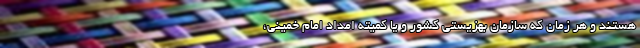
هستند و هر زمان که سازمان بهزیستی کشور و یا کمیته امداد امام خمینی،